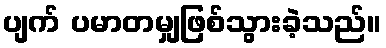
ပျက် ပမာတမျှဖြစ်သွားခဲ့သည်။